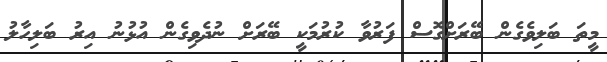
މީތަ ބަލިވެގެން ބޭރަށްގޮސް ފަރުވާ ކުރުމަކީ ބޭރަށް ނުދެވިގެން އުޅުނު އިރު ބަލިހާލު